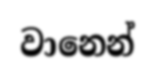
වානෙන්